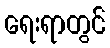
ရေးရာတွင်